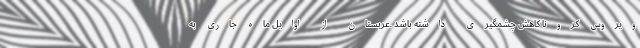
ویروس کرونا کاهش چشمگیری داشته باشد .عربستان از اوایل ماه جاری به